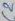
Text: C2